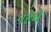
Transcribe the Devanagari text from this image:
पहचे